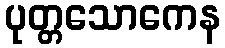
ပုတ္တသောကေန